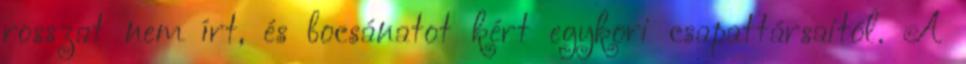
rosszat nem írt, és bocsánatot kért egykori csapattársaitól. A